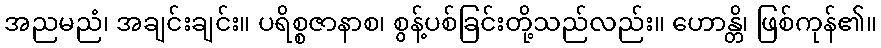
အညမညံ၊ အချင်းချင်း။ ပရိစ္စဇာနာစ၊ စွန့်ပစ်ခြင်းတို့သည်လည်း။ ဟောန္တိ၊ ဖြစ်ကုန်၏။